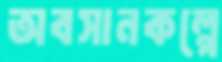
অবসানকল্পে